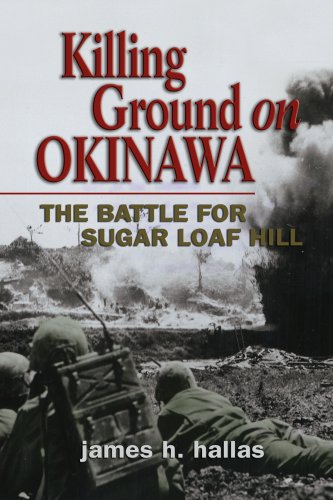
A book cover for Killing Ground on Okinawa: The Battle for Sugar Loaf Hill; James H. Hallas; History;